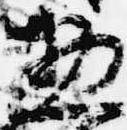
惣